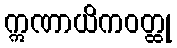
ဣဏာယိကဝတ္ထု